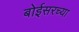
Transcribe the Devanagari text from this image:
बोईसरच्या